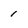
Character: 1